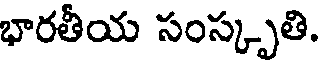
భారతీయ సంస్కృతి.